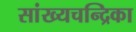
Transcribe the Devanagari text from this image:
सांख्‍यचन्द्रिका